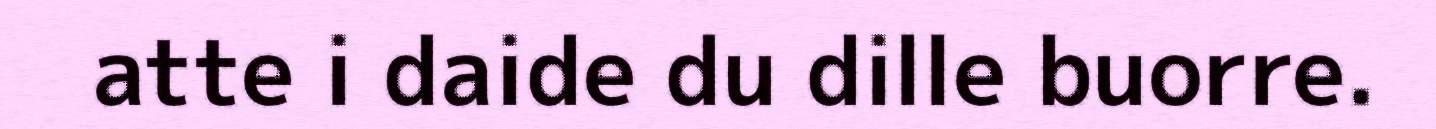
atte i daide du dille buorre.